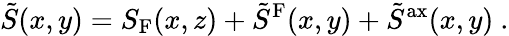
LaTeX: \tilde{S}(x,y)=S_{\mathrm{F}}(x,z)+\tilde{S}^{\mathrm{F}}(x,y)+\tilde{S}^{\mathrm{ax}}(x,y)\ .